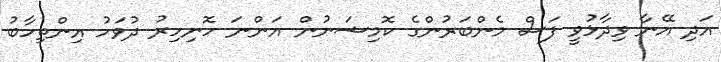
އަދި އޭނާ ވިދާޅުވީ ފަސް މެންބަރުންގެ ކޮމިޝަނުން އަންނަ ހޮނިހިރު ދުވަހު އިންތިހާބު